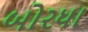
બોરધા